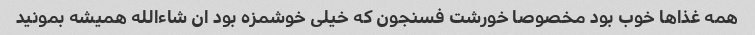
همه غذاها خوب بود مخصوصا خورشت فسنجون که خیلی خوشمزه بود ان شاءالله همیشه بمونید